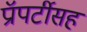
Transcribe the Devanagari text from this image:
प्रॉपर्टीसह